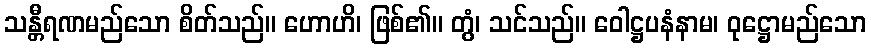
သန္တီရဏမည်သော စိတ်သည်။ ဟောဟိ၊ ဖြစ်၏။ တွံ၊ သင်သည်။ ဝေါဋ္ဌပနံနာမ၊ ဝုဋ္ဌောမည်သော